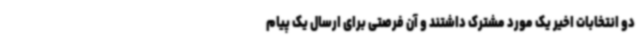
دو انتخابات اخیر یک مورد مشترک داشتند و آن فرصتی برای ارسال یک پیام